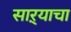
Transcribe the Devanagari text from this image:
साऱ्याचा